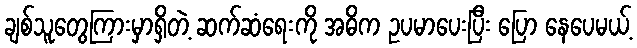
ချစ်သူတွေကြားမှာရှိတဲ့ ဆက်ဆံရေးကို အဓိက ဥပမာပေးပြီး ပြော နေပေမယ့်